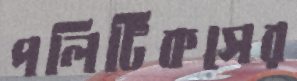
পলিটিকসের